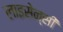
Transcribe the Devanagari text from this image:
लाइसेन्सी